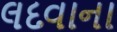
લદવાના